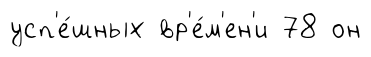
усп'е́шных вр'е́м'ен'и 78 он